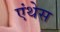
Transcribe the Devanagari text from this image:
एंथेस